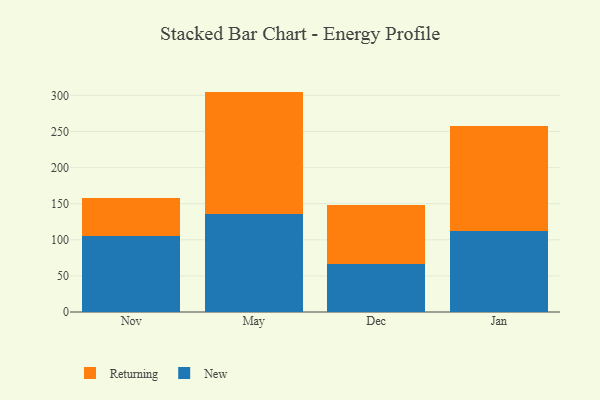
{"axis": {"x": "Month", "y": "Tickets Resolved"}, "legend": ["New", "Returning"], "data": [{"x": "Nov", "y": 105.0, "type": "New"}, {"x": "Nov", "y": 52.3, "type": "Returning"}, {"x": "May", "y": 136.3, "type": "New"}, {"x": "May", "y": 168.9, "type": "Returning"}, {"x": "Dec", "y": 66.5, "type": "New"}, {"x": "Dec", "y": 81.6, "type": "Returning"}, {"x": "Jan", "y": 112.8, "type": "New"}, {"x": "Jan", "y": 144.2, "type": "Returning"}]}